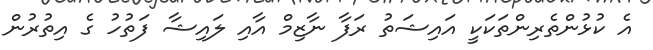
އެ ކުޅުންތެރިންތަކަކީ އައިޝަތު ރަފާ ނާޒިމް އާއި ލައިޝާ ފަތުހު ގެ އިތުރުން